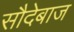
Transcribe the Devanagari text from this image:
सौदेबाज